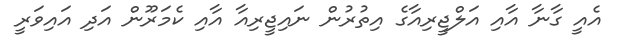
އެއީ ގާނާ އާއި އަލްޖީރިއާގެ އިތުރުން ނައިޖީރިއާ އާއި ކެމަރޫން އަދި އައިވަރީ